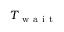
T _ { \mathrm { ~ w ~ a ~ i ~ t ~ } }